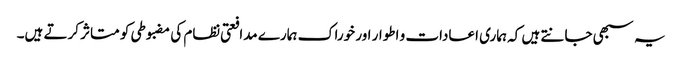
یہ سبھی جانتے ہیں کہ ہماری اعادات و اطوار اور خوراک ہمارے مدافعتی نظام کی مضبوطی کو متاثر کرتے ہیں۔